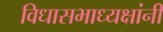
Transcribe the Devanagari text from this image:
विधासभाध्यक्षांनी